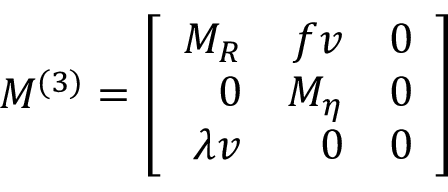
M ^ { ( 3 ) } = \left[ \begin{array} { r r r } { { M _ { R } } } & { { f v } } & { { 0 } } \\ { { 0 } } & { { M _ { \eta } } } & { { 0 } } \\ { { \lambda v } } & { { 0 } } & { { 0 } } \end{array} \right]